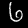
Digit: 6